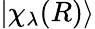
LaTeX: |\chi_{\lambda}(R)\rangle